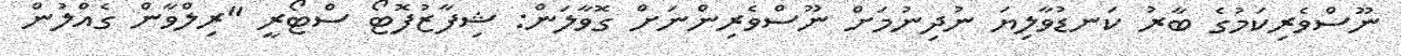
ނޫސްވެރިކަމުގެ ބާރު ކަނޑުވާލިޔަ ނުދިނުމަށް ނޫސްވެރިންނަށް ގޮވާލަން: ޝިފާޒުފޮޓޯ ސްޓޯރީ "ރިލްވާން ގެއްލުން